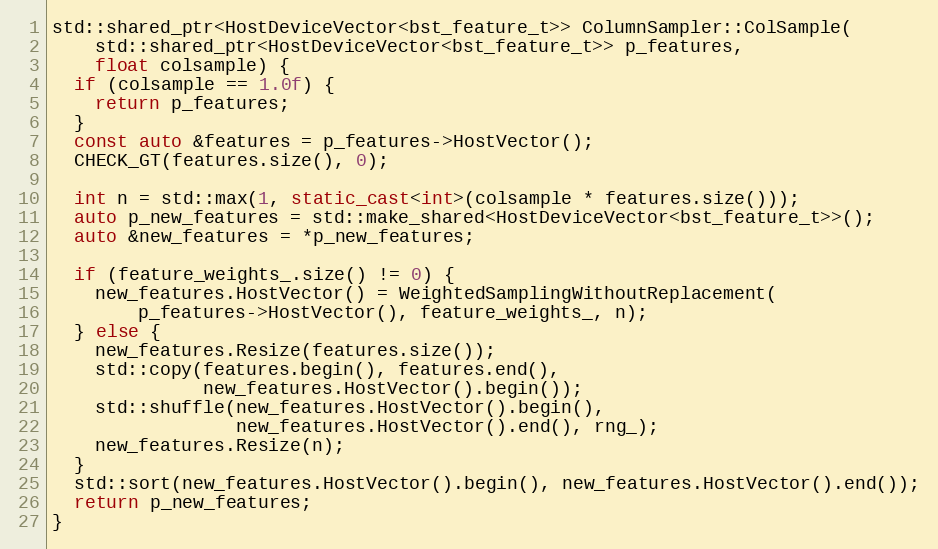
Language: C++
std::shared_ptr<HostDeviceVector<bst_feature_t>> ColumnSampler::ColSample(
    std::shared_ptr<HostDeviceVector<bst_feature_t>> p_features,
    float colsample) {
  if (colsample == 1.0f) {
    return p_features;
  }
  const auto &features = p_features->HostVector();
  CHECK_GT(features.size(), 0);

  int n = std::max(1, static_cast<int>(colsample * features.size()));
  auto p_new_features = std::make_shared<HostDeviceVector<bst_feature_t>>();
  auto &new_features = *p_new_features;

  if (feature_weights_.size() != 0) {
    new_features.HostVector() = WeightedSamplingWithoutReplacement(
        p_features->HostVector(), feature_weights_, n);
  } else {
    new_features.Resize(features.size());
    std::copy(features.begin(), features.end(),
              new_features.HostVector().begin());
    std::shuffle(new_features.HostVector().begin(),
                 new_features.HostVector().end(), rng_);
    new_features.Resize(n);
  }
  std::sort(new_features.HostVector().begin(), new_features.HostVector().end());
  return p_new_features;
}